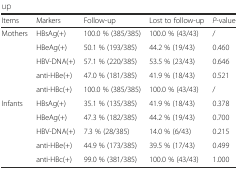
<table><thead><tr><td><b>Items</b></td><td><b>Markers</b></td><td><b>Follow-up</b></td><td><b>Lost to follow-up</b></td><td><b><i>P</i>-value</b></td></tr></thead><tbody><tr><td rowspan="5">Mothers</td><td>HBsAg(+)</td><td>100.0 % (385/385)</td><td>100.0 % (43/43)</td><td>/</td></tr><tr><td>HBeAg(+)</td><td>50.1 % (193/385)</td><td>44.2 % (19/43)</td><td>0.460</td></tr><tr><td>HBV-DNA(+)</td><td>57.1 % (220/385)</td><td>53.5 % (23/43)</td><td>0.646</td></tr><tr><td>anti-HBe(+)</td><td>47.0 % (181/385)</td><td>41.9 % (18/43)</td><td>0.521</td></tr><tr><td>anti-HBc(+)</td><td>100.0 % (385/385)</td><td>100.0 % (43/43)</td><td>/</td></tr><tr><td rowspan="5">Infants</td><td>HBsAg(+)</td><td>35.1 % (135/385)</td><td>41.9 % (18/43)</td><td>0.378</td></tr><tr><td>HBeAg(+)</td><td>47.3 % (182/385)</td><td>44.2 % (19/43)</td><td>0.700</td></tr><tr><td>HBV-DNA(+)</td><td>7.3 % (28/385)</td><td>14.0 % (6/43)</td><td>0.215</td></tr><tr><td>anti-HBe(+)</td><td>44.9 % (173/385)</td><td>39.5 % (17/43)</td><td>0.499</td></tr><tr><td>anti-HBc(+)</td><td>99.0 % (381/385)</td><td>100.0 % (43/43)</td><td>1.000</td></tr></tbody></table>